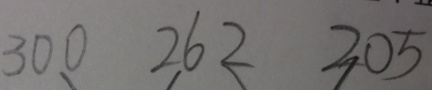
3 0 0 2 6 2 2 0 5